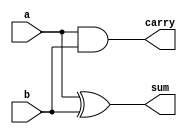
module halfadd(a,b,sum,carry);

input a,b;
output sum,carry;

assign sum = a^b;
assign carry = a&b;

endmodule

module fulladd(a,b,Cin,sum,carry);

input a,b,Cin;
output sum,carry;

wire n_sum,n_carry1,n_carry2;

halfadd U1(.a(a), .b(b), .sum(n_sum), .carry(n_carry1));
halfadd U2(.a(n_sum), .b(Cin), .sum(sum), .carry(n_carry2));
or 	U3(carry, n_carry2, n_carry1);

endmodule